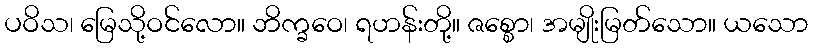
ပဝိသ၊ မြေသို့ဝင်လော။ ဘိက္ခဝေ၊ ရဟန်းတို့။ ဇစ္စော၊ အမျိုးမြတ်သော။ ယသော